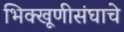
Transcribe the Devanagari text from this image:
भिक्खूणीसंघाचे